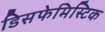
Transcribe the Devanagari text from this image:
डिसफेमिस्टिक